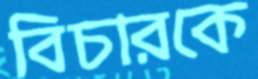
বিচারকে